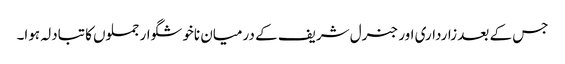
جس کے بعد زارداری اور جنرل شریف کے درمیان ناخوشگوار جملوں کا تبادلہ ہوا۔